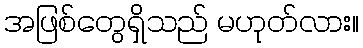
အဖြစ်တွေရှိသည် မဟုတ်လား။